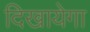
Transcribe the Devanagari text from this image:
दिखायेगा